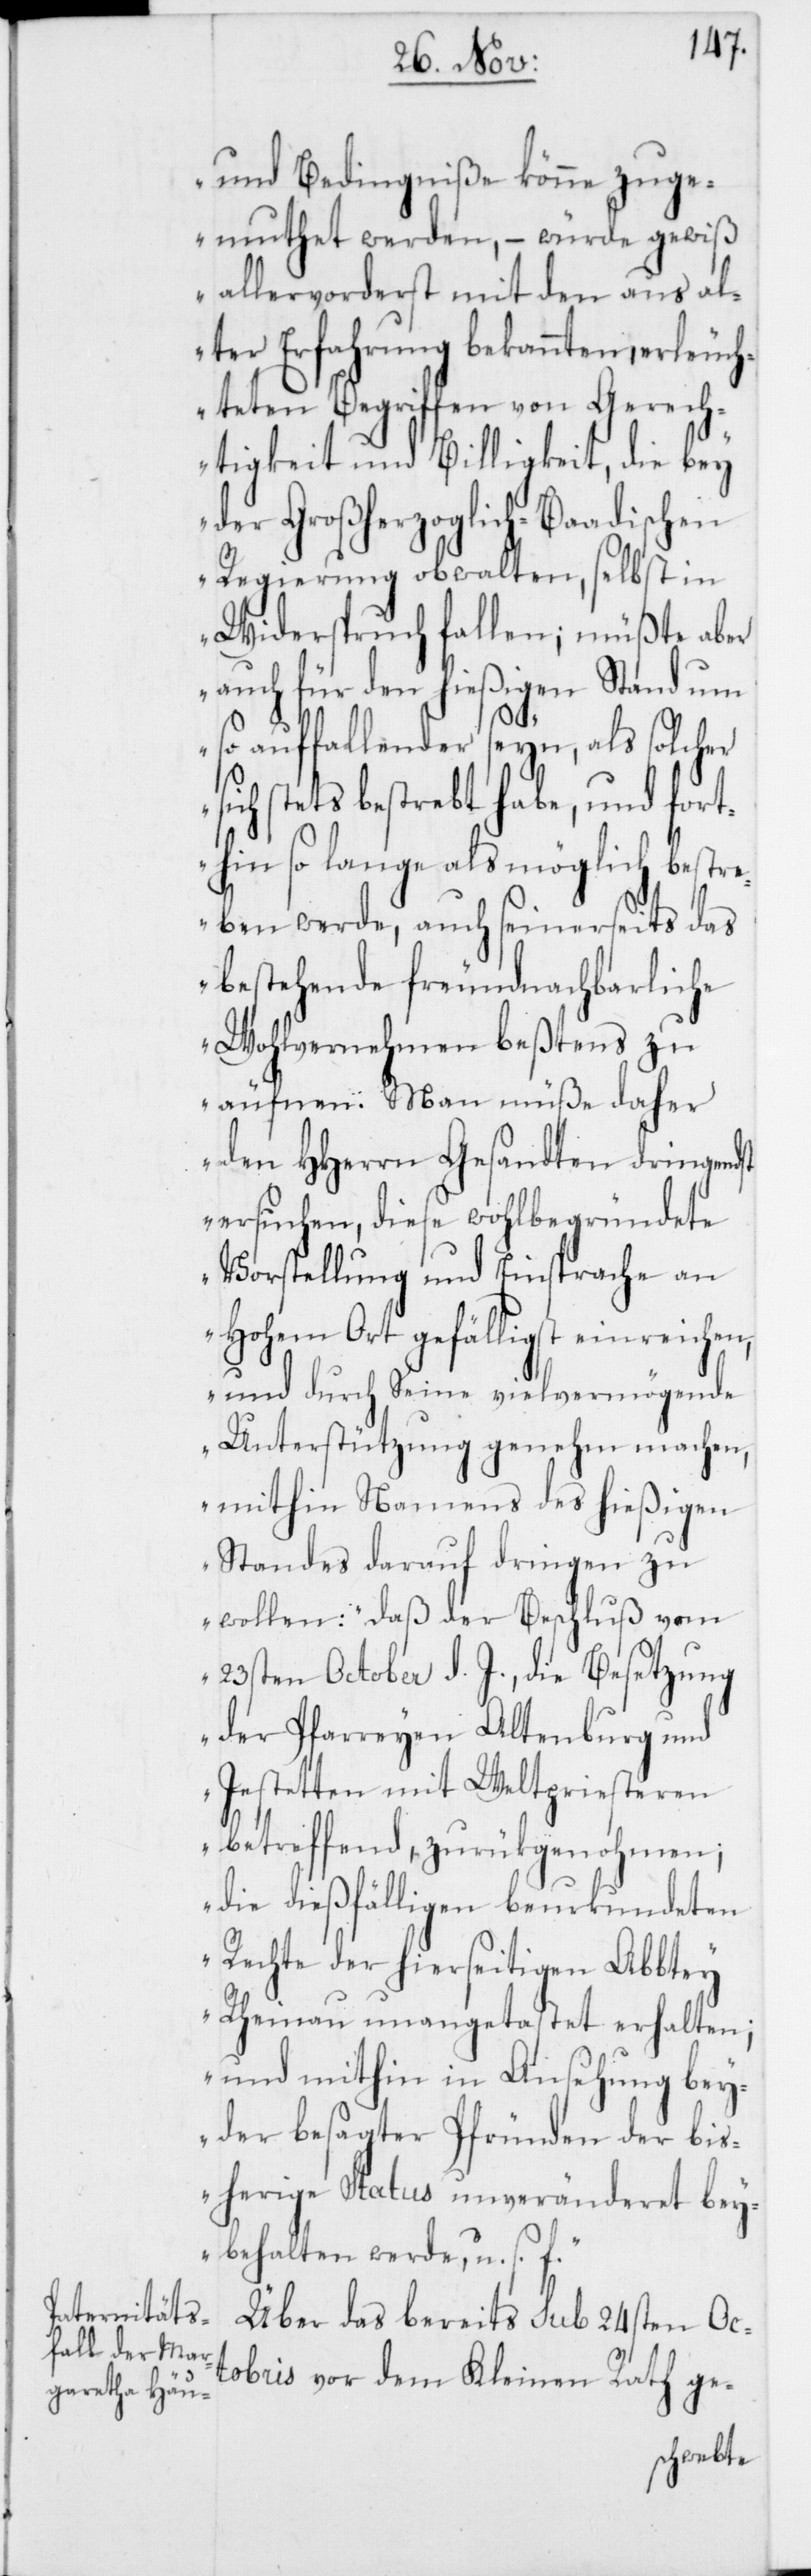
und Bedingniße könne zuge¬
muthet werden, – würde gewiß
allervorderst mit den aus al¬
ter Erfahrung bekannten, erleuc¬
hteten Begriffen von Gerech¬
tigkeit und Billigkeit, die bey
der Großherzoglich-Baadischen
Regierung obwalten, selbst in
Widerspruch fallen; müßte aber
auch für den hießigen Stand um
so auffallender seyn, als solcher
sich stets bestrebt habe, und fort¬
hin so lange als möglich bestr¬
eben werde, auch seinerseits das
bestehende freundnachbarliche
Wohlvernehmen bestens zu
äufnen. Man müße daher
den HHerren Gesandten dringendst
ersuchen, diese wohlbegründete
Vorstellung und Einsprache an
Hohem Ort gefälligst einreichen,
und durch seine vielvermögende
Unterstützung genehm machen,
mithin Namens des hießigen
Standes darauf dringen zu
wollen: daß der Beschluß vom
23sten October d. J., die Besetzung
der Pfarreyen Altenburg und
Jestetten mit Weltpriesteren
betreffend, zurükgenohmen;
die dießfälligen beurkundeten
Rechte der hierseitigen Abbtey
Rheinau unangetastet erhalten;
und mithin in Ansehung bey¬
der besagter Pfründen der bis¬
herige Status unveränderet bey¬
behalten werde, u. s. f.“
Über das bereits sub 24sten Oc¬
tobris vor dem Kleinen Rath ge-